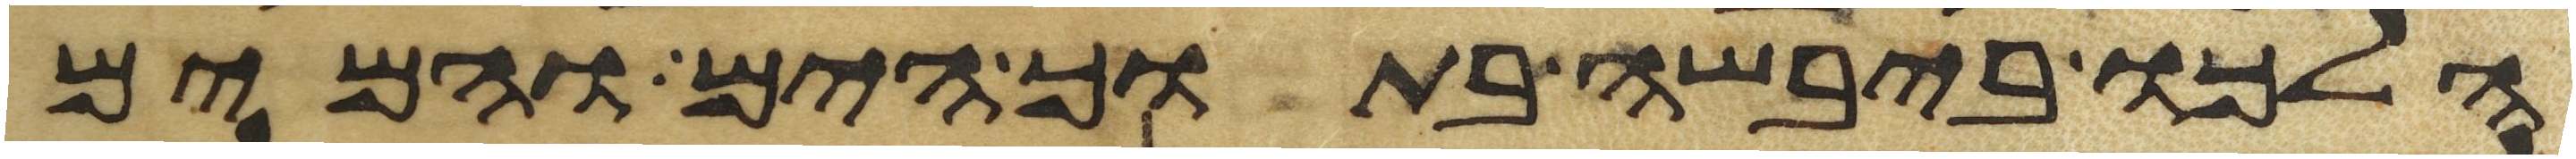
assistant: הלכו ביבשה בתוך הים והמים